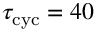
\tau _ { \mathrm { c y c } } = 4 0